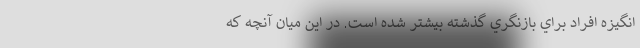
انگيزه افراد براي بازنگري گذشته بيشتر شده است. در اين ميان آنچه كه